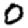
Digit: 0